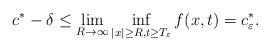
LaTeX: \begin{align*}c^{\ast}-\delta \leq \lim_{R\to\infty}\inf_{|x|\geq R,t\geq T_{\varepsilon}}f(x,t)= c^{\ast}_{\varepsilon}. \end{align*}